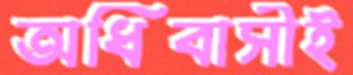
অধিবাসীই